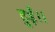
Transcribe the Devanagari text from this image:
हुईं।।